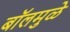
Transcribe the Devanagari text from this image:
बॉलमुळे